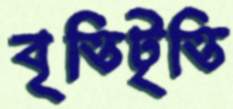
বৃত্তিটৃত্তি